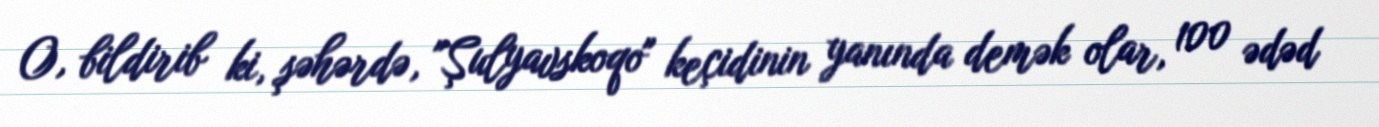
O, bildirib ki, şəhərdə, "Şulyavskoqo" keçidinin yanında demək olar, 100 ədəd